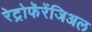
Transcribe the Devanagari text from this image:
रेट्रोफॅरेंजिअल